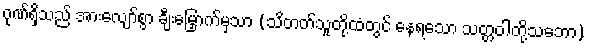
ဂုဏ်ရှိသည် အားလျော်စွာ ချီးမြှောက်မှသာ (သိတတ်သူတို့ထံတွင် နေရသော သတ္တဝါတို့သဘော)